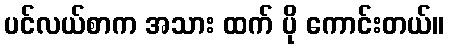
ပင်လယ်စာက အသား ထက် ပို ကောင်းတယ်။